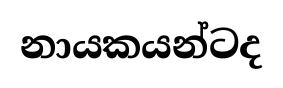
නායකයන්ටද